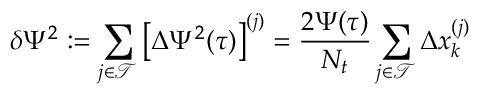
\delta \Psi ^ { 2 } : = \sum _ { j \in \mathcal { T } } \big [ \Delta \Psi ^ { 2 } ( \tau ) \big ] ^ { ( j ) } = \frac { 2 \Psi ( \tau ) } { N _ { t } } \sum _ { j \in \mathcal { T } } \Delta x _ { k } ^ { ( j ) }